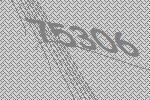
75306